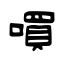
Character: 嘪